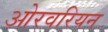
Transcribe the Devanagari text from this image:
ओरवरियन